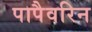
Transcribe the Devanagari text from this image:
पापैवरिन